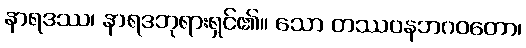
နာရဒဿ၊ နာရဒဘုရားရှင်၏။ သော တဿဝနဘဂဝတော၊